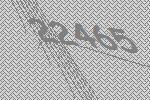
22465